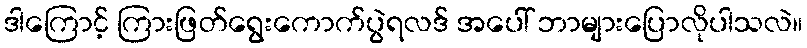
ဒါကြောင့် ကြားဖြတ်ရွေးကောက်ပွဲရလဒ် အပေါ် ဘာများပြောလိုပါသလဲ။